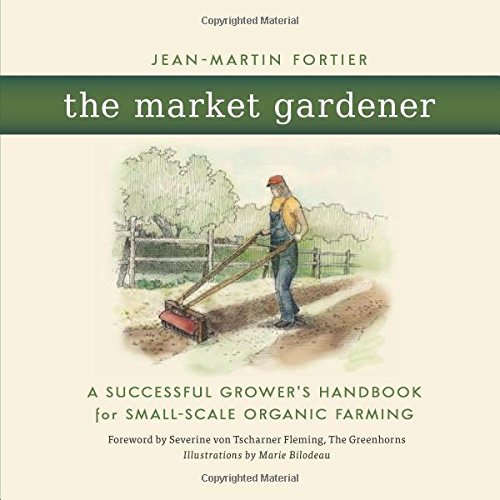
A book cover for The Market Gardener: A Successful Grower's Handbook for Small-scale Organic Farming; Jean-Martin Fortier; Crafts, Hobbies & Home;